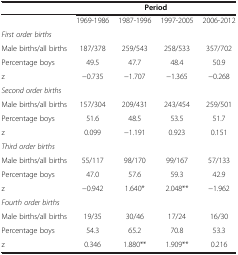
<table><thead><tr><td><b> </b></td><td colspan="4"><b>Period</b></td></tr></thead><tbody><tr><td> </td><td>1969-1986</td><td>1987-1996</td><td>1997-2005</td><td>2006-2012</td></tr><tr><td colspan="5"><i>First order births</i></td></tr><tr><td>Male births/all births</td><td>187/378</td><td>259/543</td><td>258/533</td><td>357/702</td></tr><tr><td>Percentage boys</td><td>49.5</td><td>47.7</td><td>48.4</td><td>50.9</td></tr><tr><td>z</td><td>−0.735</td><td>−1.707</td><td>−1.365</td><td>−0.268</td></tr><tr><td colspan="5"><i>Second order births</i></td></tr><tr><td>Male births/all births</td><td>157/304</td><td>209/431</td><td>243/454</td><td>259/501</td></tr><tr><td>Percentage boys</td><td>51.6</td><td>48.5</td><td>53.5</td><td>51.7</td></tr><tr><td>z</td><td>0.099</td><td>−1.191</td><td>0.923</td><td>0.151</td></tr><tr><td colspan="5"><i>Third order births</i></td></tr><tr><td>Male births/all births</td><td>55/117</td><td>98/170</td><td>99/167</td><td>57/133</td></tr><tr><td>Percentage boys</td><td>47.0</td><td>57.6</td><td>59.3</td><td>42.9</td></tr><tr><td>z</td><td>−0.942</td><td>1.640*</td><td>2.048**</td><td>−1.962</td></tr><tr><td colspan="5"><i>Fourth order births</i></td></tr><tr><td>Male births/all births</td><td>19/35</td><td>30/46</td><td>17/24</td><td>16/30</td></tr><tr><td>Percentage boys</td><td>54.3</td><td>65.2</td><td>70.8</td><td>53.3</td></tr><tr><td>z</td><td>0.346</td><td>1.880**</td><td>1.909**</td><td>0.216</td></tr></tbody></table>